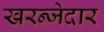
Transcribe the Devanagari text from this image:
खरन्जेदार